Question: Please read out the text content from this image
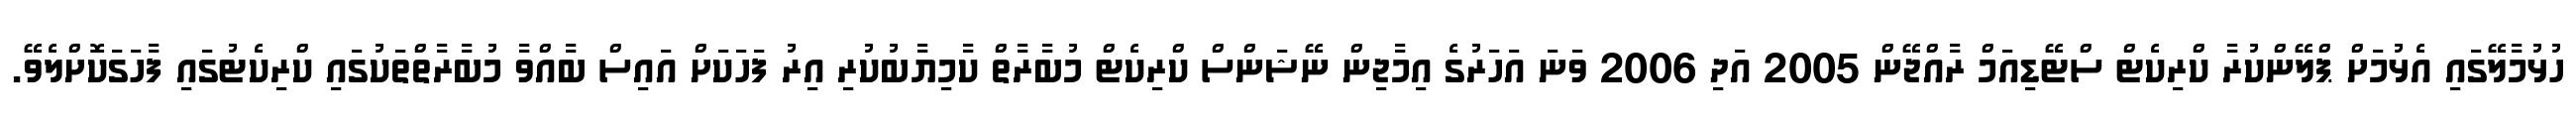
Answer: ހުޅުމާލޭގައި އެޅުމަށް ޕްލޭންކުރާ ކްރިކެޓް ސްޓޭޑިއަމް ރާއްޖޭން 2005 އަދި 2006 ވަނަ އަހަރުގެ އިމާޖިން ނޭޝަންސް ކްރިކެޓް މުބާރާތް ކާމިޔާބުކުރި އިރު ފަހަކަށް އައިސް ބާއްވާ މުބާރާތްތަކުގައި ކްރިކެޓުގައި ފާހަގަކޮށްލެވޭ.